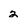
Character: 2